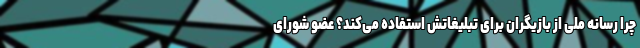
چرا رسانه ملّی از بازیگران برای تبلیغاتش استفاده می‌کند؟ عضو شورای